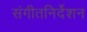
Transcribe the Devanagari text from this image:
संगीतनिर्देशन